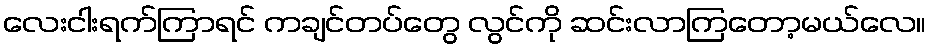
လေးငါးရက်ကြာရင် ကချင်တပ်တွေ လွင်ကို ဆင်းလာကြတော့မယ်လေ။